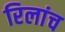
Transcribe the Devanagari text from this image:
रिलांच